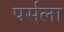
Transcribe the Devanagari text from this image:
पर्सला